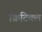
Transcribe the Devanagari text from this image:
क्रिटिक्ल